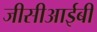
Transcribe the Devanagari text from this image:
जीसीआईबी